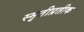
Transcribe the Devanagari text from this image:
स्मृतीप्रतीक